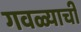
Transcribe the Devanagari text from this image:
गवळ्याची